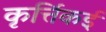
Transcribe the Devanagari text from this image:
कृर्त्तिकई